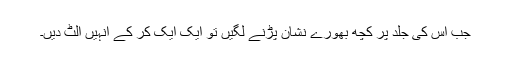
جب اس کی جلد پر کچھ بھورے نشان پڑنے لگیں تو ایک ایک کر کے انہیں الٹ دیں۔